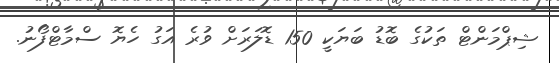
ޝިޕްމަންޓް ތަކުގެ ބޮޑު ބަޔަކީ 150 ޑޮލަރަށް ވުރެ އަގު ހެޔޮ ސްމާޓްފޯނު.